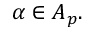
\alpha \in A _ { p } .